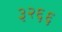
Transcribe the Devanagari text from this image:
३२६६